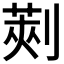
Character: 𠞦